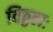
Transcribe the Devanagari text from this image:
विठ्ठलः